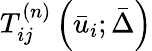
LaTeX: {T_{ij}^{\left(n\right)}\left({{{\bar{u}}_{i}};\bar{\Delta}}\right)}